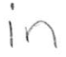
Text: in
Cross-out: clean
Writing tool: pencil